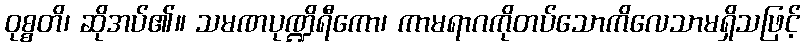
ဝုစ္စတိ၊ ဆိုအပ်၏။ သမဏပုဏ္ဍိရီကော၊ ကာမရာဂကိုတပ်သောကိလေသာမရှိသဖြင့်